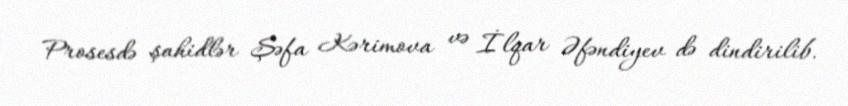
Prosesdə şahidlər Şəfa Kərimova və İlqar Əfəndiyev də dindirilib.